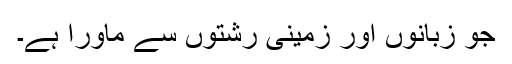
جو زبانوں اور زمینی رشتوں سے ماورا ہے۔